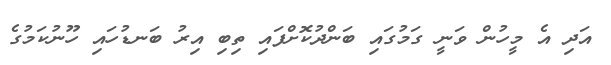
އަދި އެ މީހުން ވަނީ ގަމުގައި ބަންދުކޮށްފައި ތިބި އިރު ބަނޑުހައި ހޫނުކަމުގެ